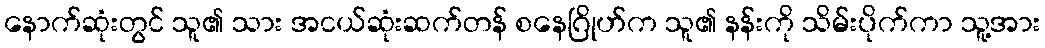
နောက်ဆုံးတွင် သူ၏ သား အငယ်ဆုံးဆက်တန် စနေဂြိုဟ်က သူ၏ နန်းကို သိမ်းပိုက်ကာ သူ့အား